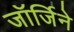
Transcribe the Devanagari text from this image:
जॉर्जिने